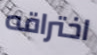
اختراقه